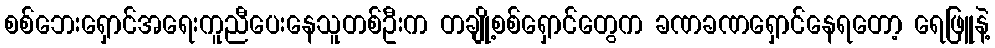
စစ်ဘေးရှောင်အရေးကူညီပေးနေသူတစ်ဦးက တချို့စစ်ရှောင်တွေက ခဏခဏရှောင်နေရတော့ ရေဖြူနဲ့